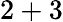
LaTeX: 2+3